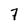
Character: 7